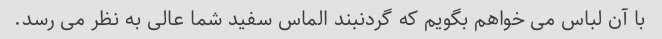
با آن لباس می خواهم بگویم که گردنبند الماس سفید شما عالی به نظر می رسد.